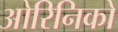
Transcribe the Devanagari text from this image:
ओरिनिको